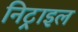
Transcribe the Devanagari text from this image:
निट्राइल